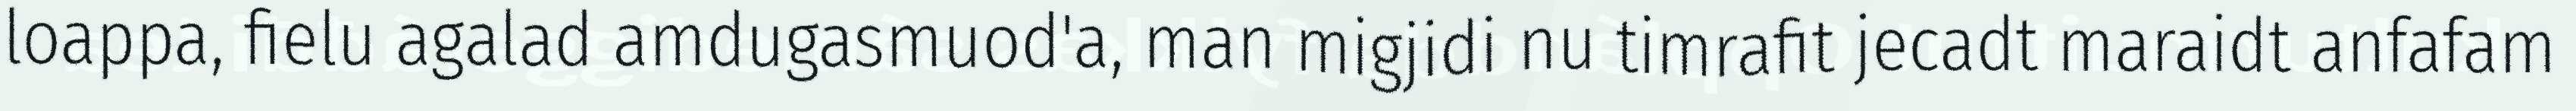
loappa, fielu agalad amdugasmuod'a, man migjidi nu timrafit jecadt maraidt anfafam